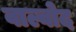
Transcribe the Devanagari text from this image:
वाल्वोद